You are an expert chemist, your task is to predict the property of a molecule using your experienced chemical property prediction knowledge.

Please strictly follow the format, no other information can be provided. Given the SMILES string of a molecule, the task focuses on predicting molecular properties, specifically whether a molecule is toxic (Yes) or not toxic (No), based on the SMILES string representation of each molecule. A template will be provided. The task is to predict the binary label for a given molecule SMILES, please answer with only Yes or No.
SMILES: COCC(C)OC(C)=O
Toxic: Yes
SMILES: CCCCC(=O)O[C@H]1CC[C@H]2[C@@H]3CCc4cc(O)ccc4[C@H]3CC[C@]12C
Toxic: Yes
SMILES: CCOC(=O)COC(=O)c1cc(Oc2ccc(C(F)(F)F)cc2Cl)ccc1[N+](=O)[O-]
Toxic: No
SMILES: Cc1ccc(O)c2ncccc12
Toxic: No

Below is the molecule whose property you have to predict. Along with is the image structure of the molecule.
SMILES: O=C1NS(=O)(=O)c2ccccc21
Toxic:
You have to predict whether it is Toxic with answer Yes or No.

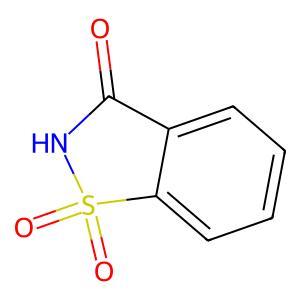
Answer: No